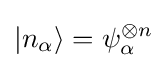
|n_{\alpha }\rangle =\psi _{\alpha }^{\otimes n}